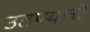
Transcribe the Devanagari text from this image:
उठण्याचे